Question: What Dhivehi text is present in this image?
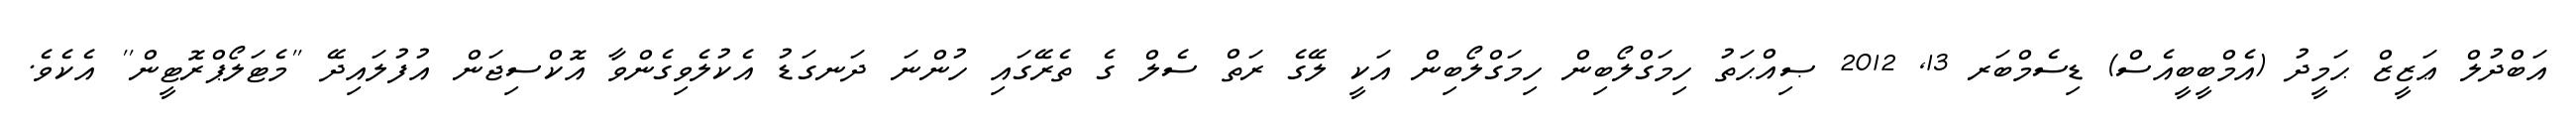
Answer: އަބްދުލް ޢަޒީޒް ޙަމީދު (އެމްބީބީއެސް) ޑިސެމްބަރ 13, 2012 ޞިއްޙަތު ހިމަގްލޯބިން ހިމަގްލޯބިން އަކީ ލޭގެ ރަތް ސެލް ގެ ތެރޭގައި ހުންނަ ދަނގަޑު އެކުލެވިގެންވާ އޮކްސިޖަން އުފުލައިދޭ ''މެޓަލޯޕްރޮޓީން'' އެކެވެ.